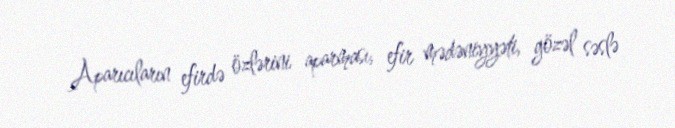
Aparıcıların efirdə özlərini aparması, efir mədəniyyəti, gözəl səslə